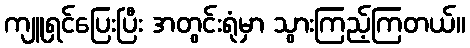
ကျူရှင်ပြေးပြီး အတွင်းရုံမှာ သွားကြည့်ကြတယ်။